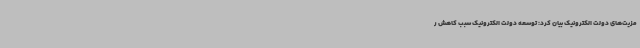
مزیت‌های دولت الکترونیک بیان کرد: توسعه دولت الکترونیک سبب کاهش ر